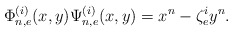
\begin{align*} \Phi_{n,e}^{(i)}(x,y)\Psi_{n,e}^{(i)}(x,y)=x^n-\zeta^i_{e}y^n.\end{align*}